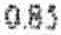
0.85